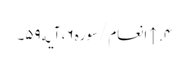
۴. ↑ انعام/سوره۶، آیه۵۹۔